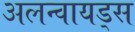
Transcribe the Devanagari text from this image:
अलन्वायड्स